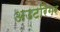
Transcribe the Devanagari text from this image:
अउटरिगर